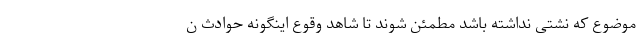
موضوع که نشتی نداشته باشد مطمئن شوند تا شاهد وقوع اینگونه حوادث ن